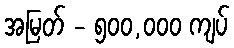
အမြတ် - ၅၀၀,၀၀၀ ကျပ်